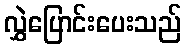
လွှဲပြောင်းပေးသည်